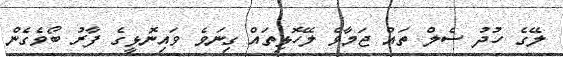
ލޭގެ ހުދު ސެލް ތައް ޖަމާވެ ލޭހޮޅިތައް ގިނަވެ ވައިނޮޅީގެ ފާރު ބޯވެގެން